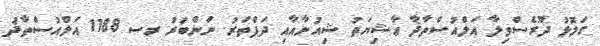
ގަލޮޅު ދޫރެސްވިލާ އަލްއުސްތާޛާ ޢާޝިޔަތު ޝިއުނާއާއި ދަފްތަރު. ނަންބަރު ރސ 1188 އަލްއުސްތާޛު